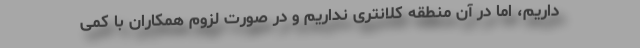
داریم، اما در آن منطقه کلانتری نداریم و در صورت لزوم همکاران با کمی